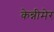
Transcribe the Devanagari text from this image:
केन्नीमेर